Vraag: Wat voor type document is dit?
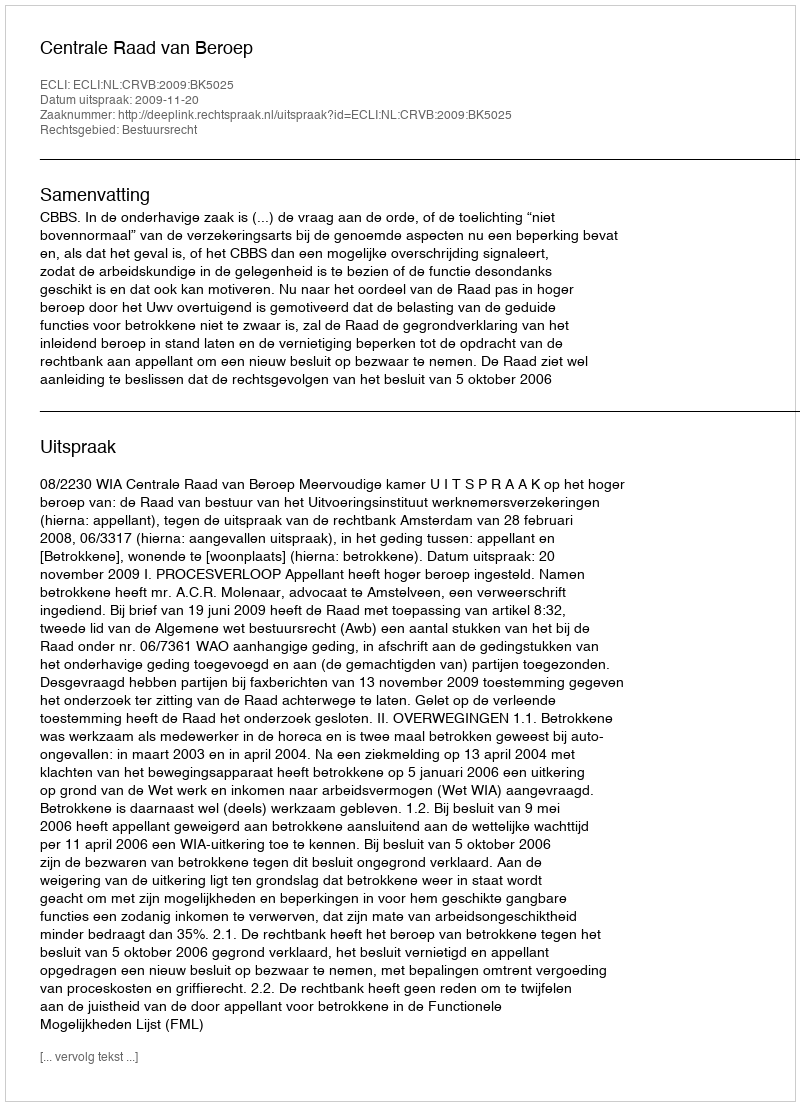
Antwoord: Uitspraak